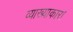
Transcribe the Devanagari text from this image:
व्याख्याकार।